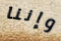
وإننا